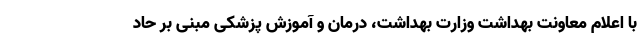
با اعلام معاونت بهداشت وزارت بهداشت، درمان و آموزش پزشکی مبنی بر حاد